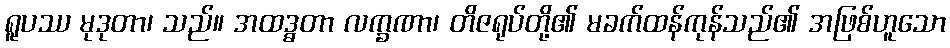
ရူပဿ မုဒုတာ၊ သည်။ အထဒ္ဓတာ လက္ခဏာ၊ တိဇရုပ်တို့၏ မခက်ထန်ကုန်သည်၏ အဖြစ်ဟူသော